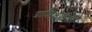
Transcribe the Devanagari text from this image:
प्राशिक्षणार्थी